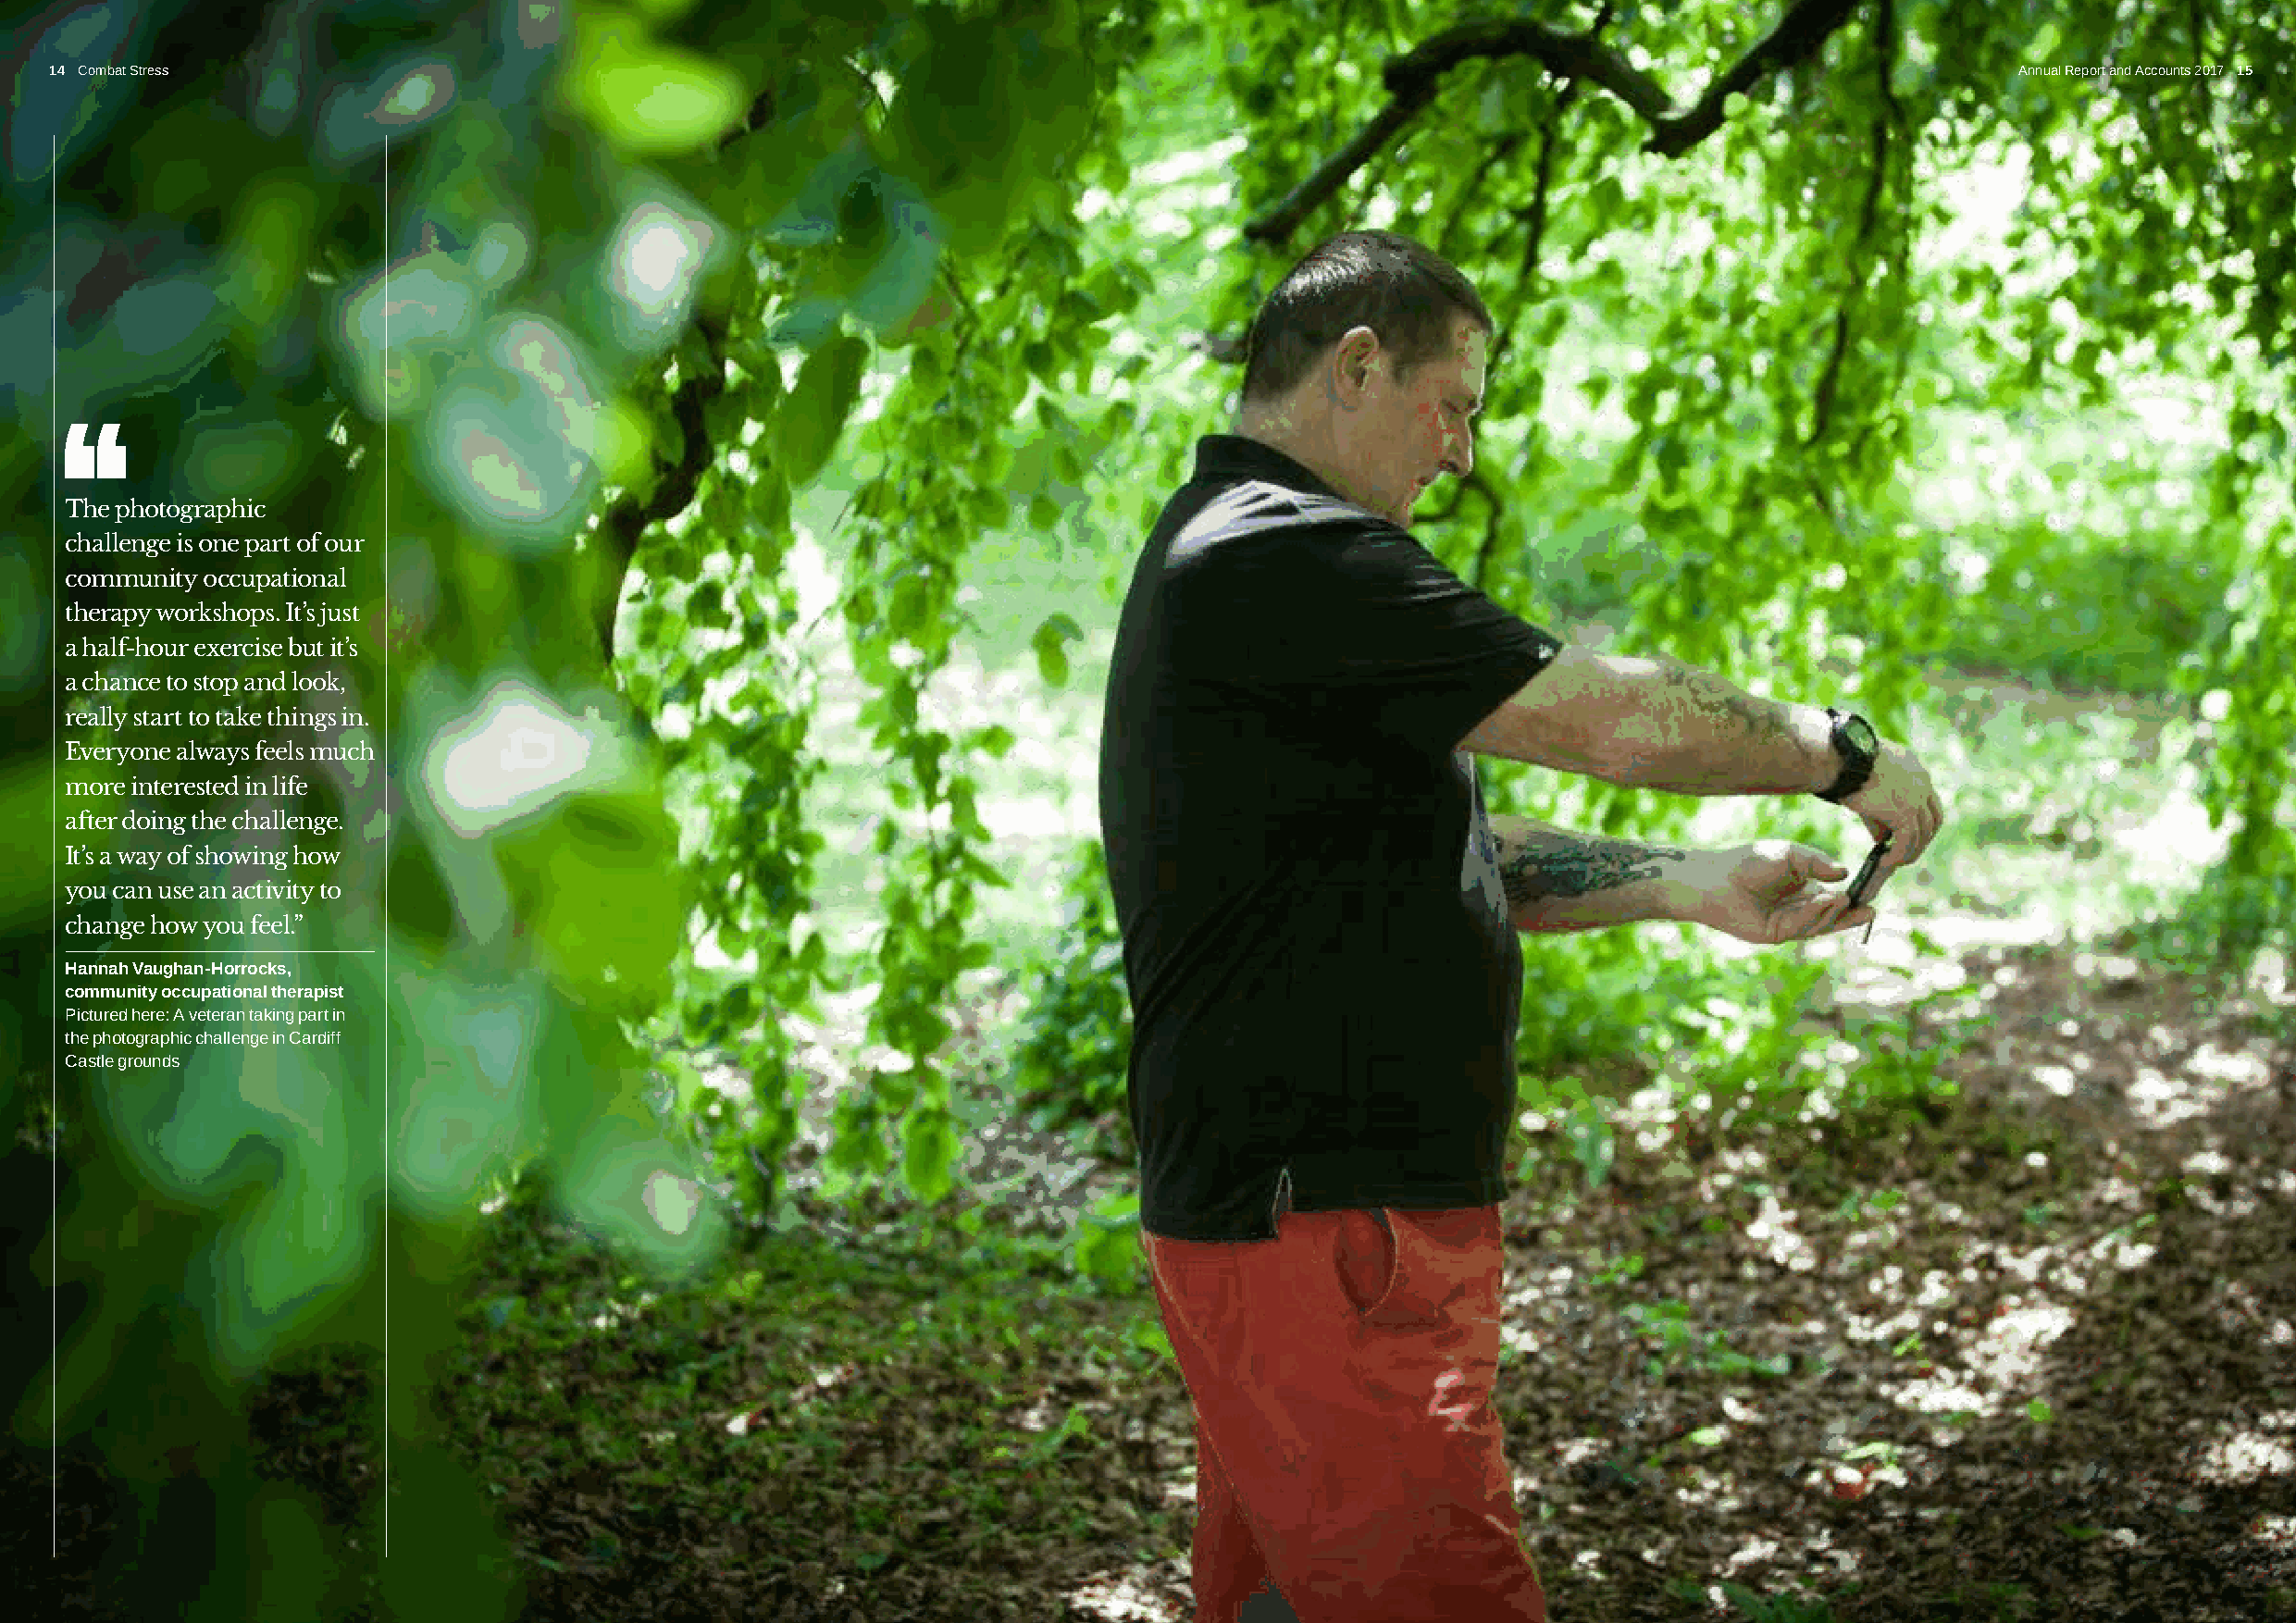
14 Combat Stress                                                                                                                            Annual Report and Accounts 2017 15
 The photographic
 challenge is one part of our
 community occupational
 therapy workshops. It’s just
 a half-hour exercise but it’s
 a chance to stop and look,
 really start to take things in.
 Everyone always feels much
 more interested in life
 after doing the challenge.
 It’s a way of showing how
 you can use an activity to
 change how you feel.”
 Hannah Vaughan-Horrocks,
 community occupational therapist
 Pictured here: A veteran taking part in
 the photographic challenge in Cardiff
 Castle grounds